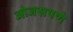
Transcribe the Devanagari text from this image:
ओजसपणे